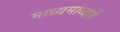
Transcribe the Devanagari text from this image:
माध्यमांव्दारे